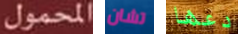
المحمول تشان دعها